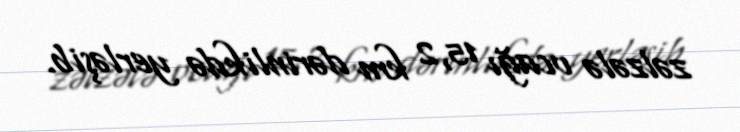
zəlzələ ocağı 15,2 km dərinlikdə yerləşib.